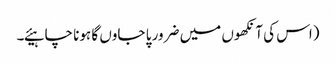
(اس کی آنکھوں میں ضرور پا جاوں گا ہونا چاہیئے۔